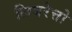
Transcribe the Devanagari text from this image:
लिबरेत्तो